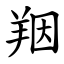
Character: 䍰